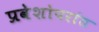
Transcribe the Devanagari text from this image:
प्रवेशोपरांत